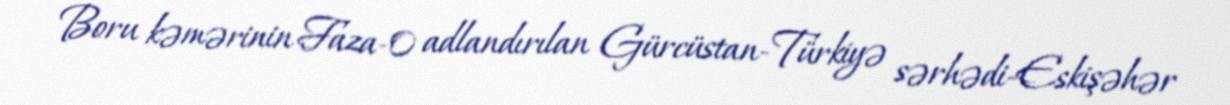
Boru kəmərinin Faza-0 adlandırılan Gürcüstan-Türkiyə sərhədi-Eskişəhər